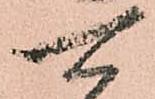
可